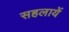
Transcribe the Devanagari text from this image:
सहलायें